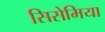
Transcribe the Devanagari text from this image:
सिसेमिया